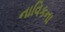
નાવિકના